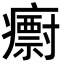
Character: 𭼱